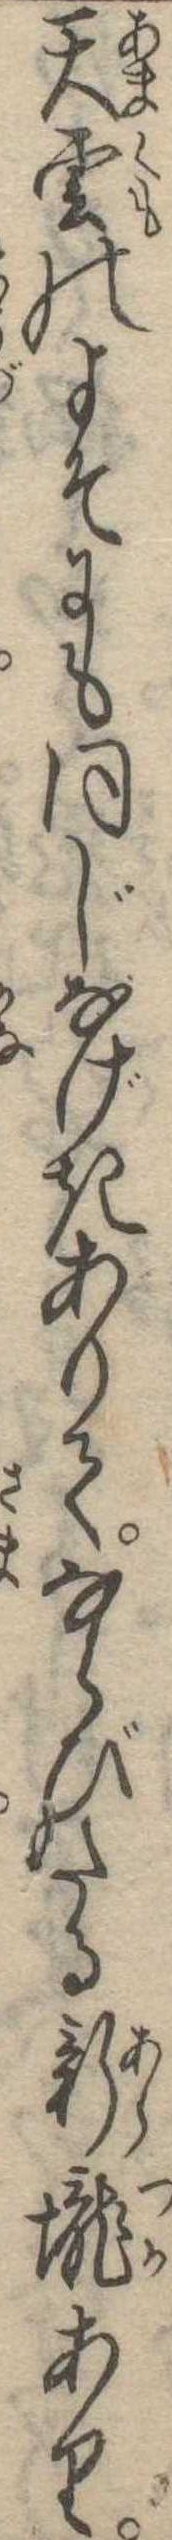
天雲のよそにも同じなげきありてならびたる新壟あり